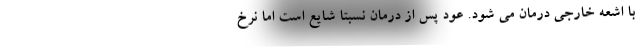
با اشعه خارجی درمان می شود. عود پس از درمان نسبتا شایع است اما نرخ